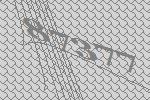
87377